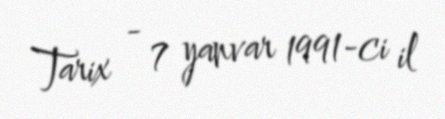
Tarix - 7 yanvar 1991-ci il